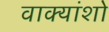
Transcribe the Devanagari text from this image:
वाक्यांशो